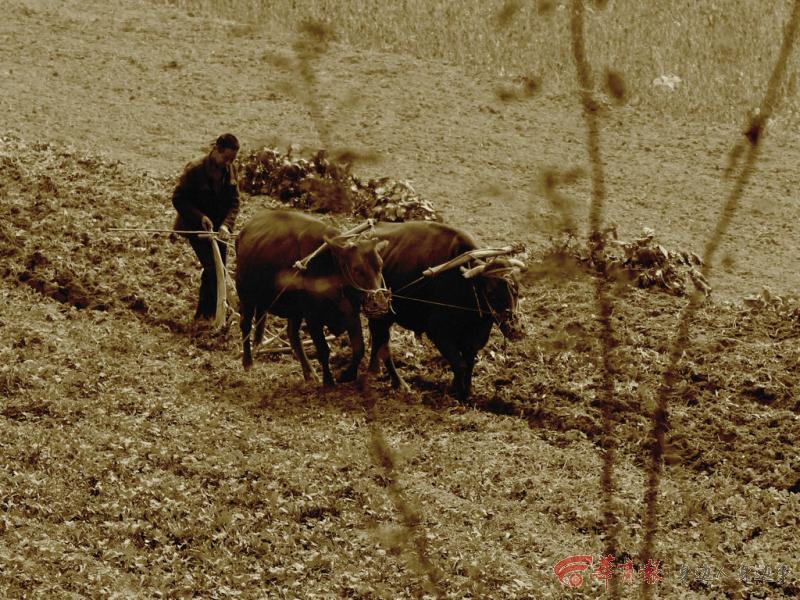
雨足高田白，披蓑半夜耕。